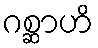
ဂစ္ဆာဟိ